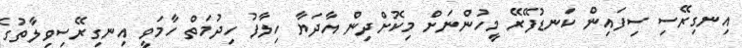
އިނގިރޭސި ސިފައިން ކަނޑުފޭރޭ މީހުންނަށް މިކޮށްދިން އާދަޔާ ހިލާފު ހިދުމަތް ހާމަވީ އިނގިރޭސިވިލާތުގެ